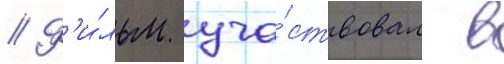
// Ф'и́льм уча́ствовал в